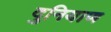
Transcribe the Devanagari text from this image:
दुनियाण